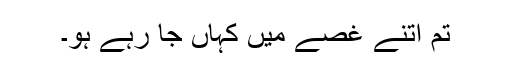
تم اتنے غصے میں کہاں جا رہے ہو۔